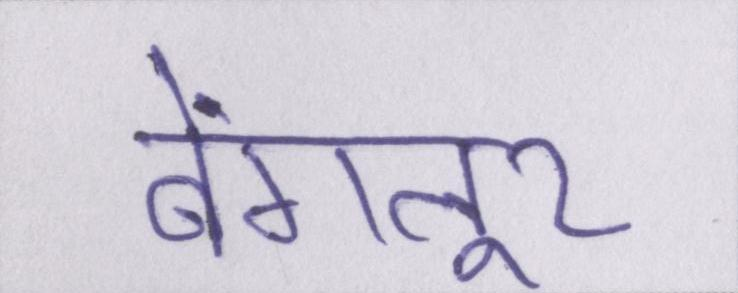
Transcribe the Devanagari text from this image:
बेंगलूर